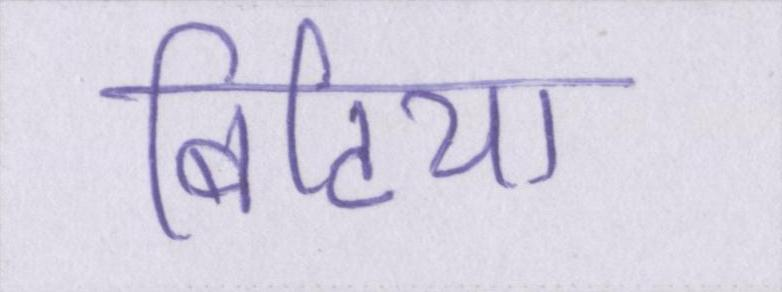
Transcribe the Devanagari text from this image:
बिटिया